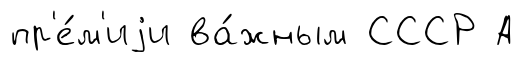
пр'е́м'иjи ва́жным СССР А